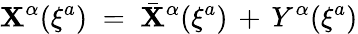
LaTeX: \mathbf{X}^{\alpha}(\xi^{a})\; =\; {\bar{{\mathbf{X}}}}^{\alpha}(\xi^{a})\, +\, Y^{\alpha}(\xi^{a})